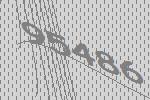
95486